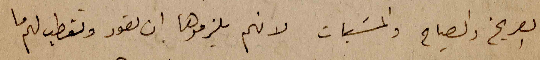
الصريخ والصياح والمسبّات لانهم يلزموها ان تعود وتقطب لهم ما